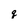
Character: q